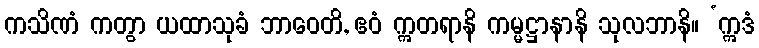
ကသိဏံ ကတွာ ယထာသုခံ ဘာဝေတိ, ဧဝံ ဣတရာနိ ကမ္မဋ္ဌာနာနိ သုလဘာနိ။ ‘ဣဒံ